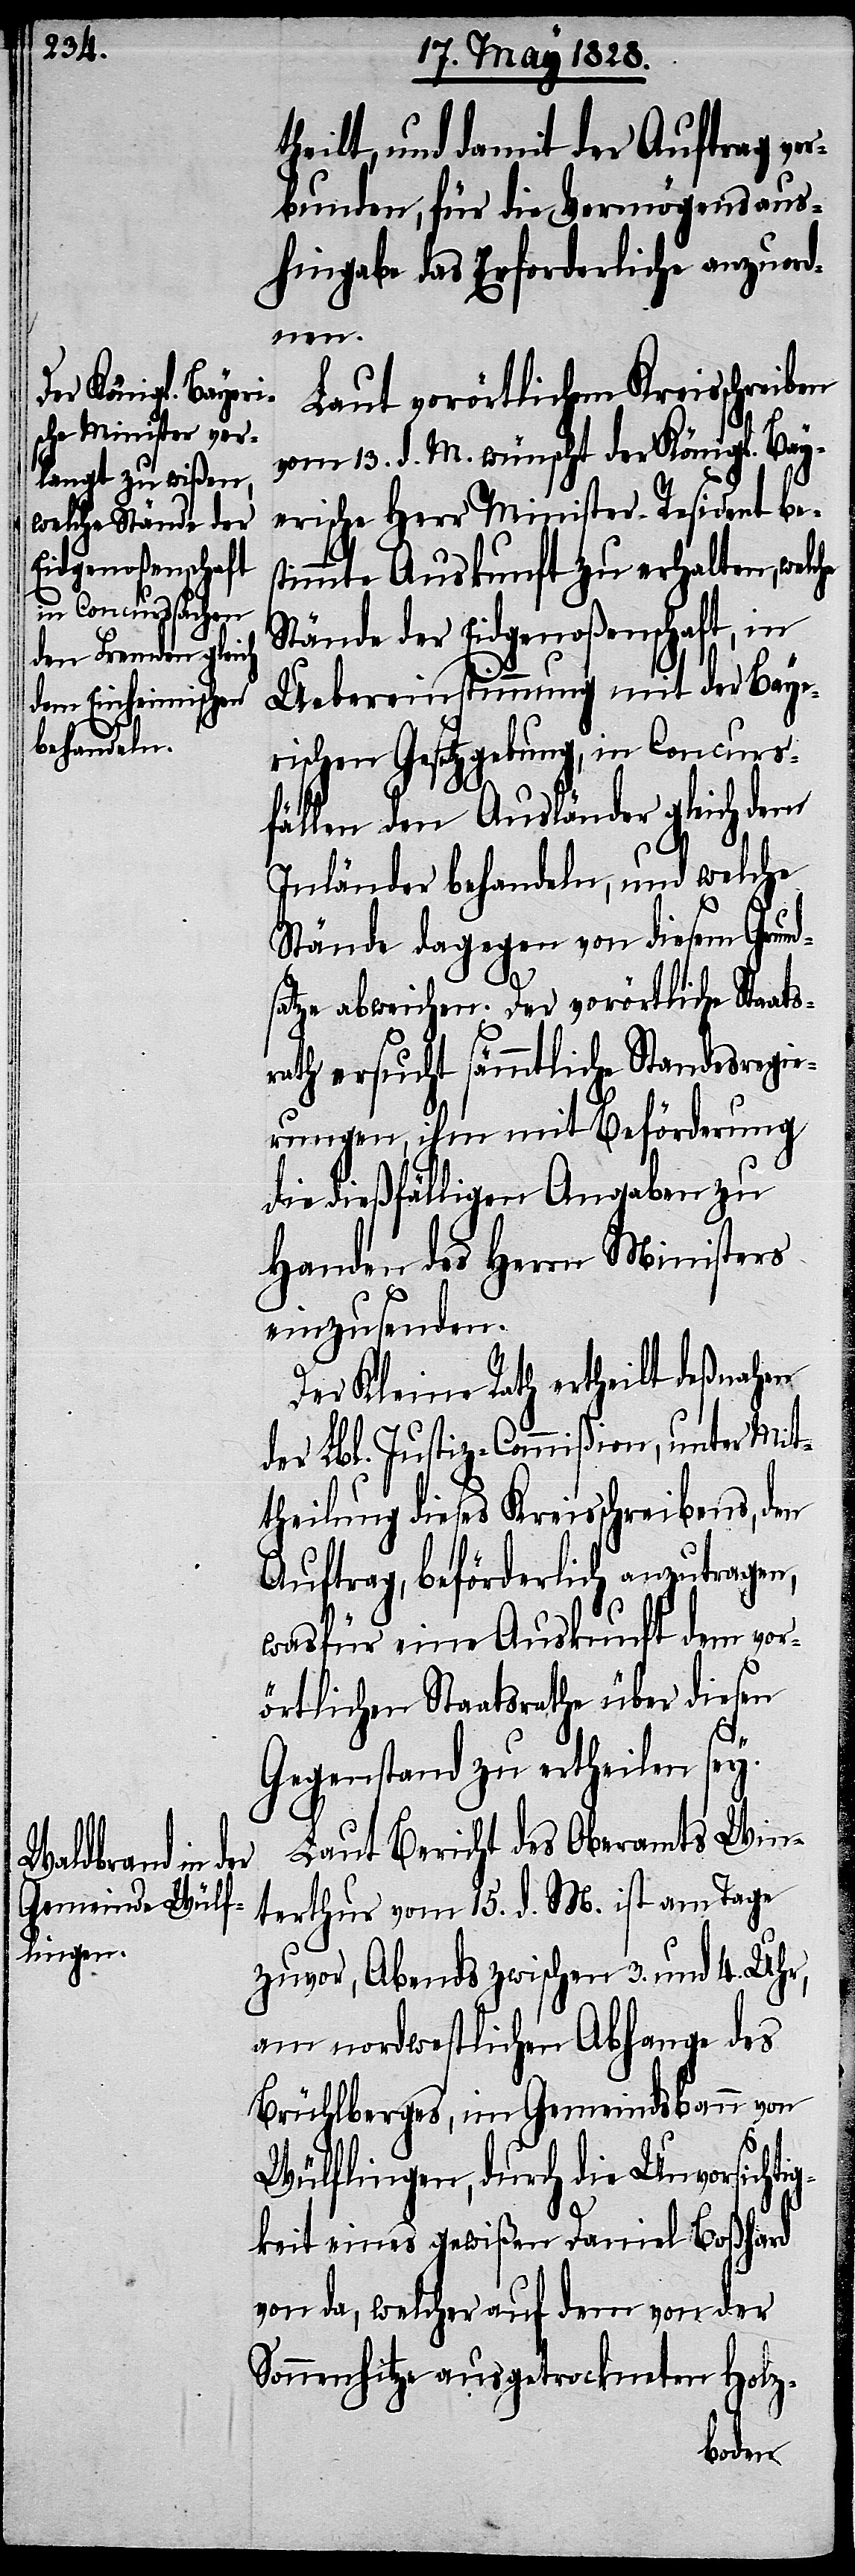
theilt, und damit der Auftrag ver¬
bunden, für die Vermögensaus¬
hingabe das Erforderliche anzuord¬
nen.
Laut vorörtlichem Kreisschrei¬
vom 13. d. M. wünscht der Königl. Bay¬
erische Herr Minister-Resident be¬
stimmte Auskunft zu erhalten, welche
Stände der Eidgenoßenschaft, in
Uebereinstimmung mit der Baye¬
rischen Gesetzgebung, in Concurs¬
fällen den Ausländer gleich dem
Inländer behandeln, und welche
Stände dagegen von diesem Grund¬
satze abweichen. Der vorörtliche Staat¬
rath ersucht sämmtliche Standesregie¬
rungen, ihm mit Beförderung
die dießfälligen Angaben zu
Handen des Herrn Ministers
einzusenden.
Der Kleine Rath ertheilt deßnahen
der Lbl. Justiz-Commißion, unter Mit¬
theilung dieses Kreisschreibens, den
Auftrag, beförderlich anzutragen,
wasfür eine Auskunft dem vor¬
örtlichen Staatsrathe über diesen
s¬
Gegenstand zu ertheilen sey.
Laut Bericht des Oberamts Win¬
terthur vom 15. d. M. ist am Tage
zuvor, Abends zwischen 3. und 4. Uhr,
am nordwestlichen Abhange des
Brühlberges, im Gemeindsbann von
Wülflingen, durch die Unvorsichti¬
gkeit eines gewißen Daniel Boßhard
von da, welcher auf dem von der
Sonnenhitze ausgetrockneten Holz-
ben